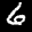
Label: 6